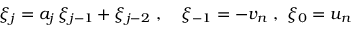
\xi _ { j } = a _ { j } \, \xi _ { j - 1 } + \xi _ { j - 2 } \ , \quad \xi _ { - 1 } = - v _ { n } \ , \ \xi _ { 0 } = u _ { n }